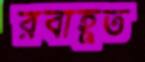
রবাহূত